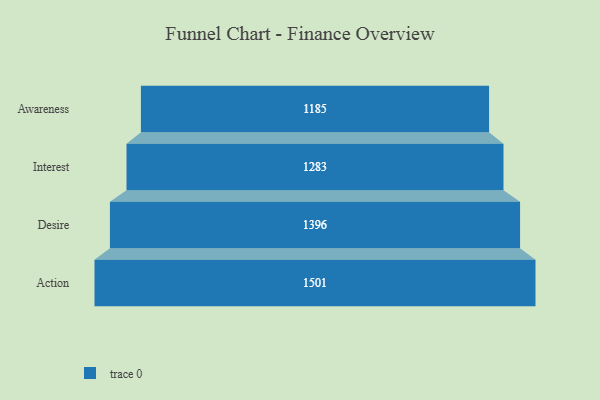
{"axis": {"x": "Stage", "y": "Value"}, "legend": [""], "data": [{"x": "Awareness", "y": 1185.0, "type": ""}, {"x": "Interest", "y": 1283.0, "type": ""}, {"x": "Desire", "y": 1396.0, "type": ""}, {"x": "Action", "y": 1501.0, "type": ""}]}